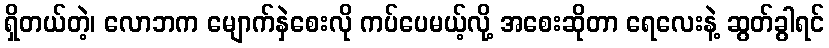
ရှိတယ်တဲ့၊ လောဘက မျောက်နှဲစေးလို ကပ်ပေမယ့်လို့ အစေးဆိုတာ ရေလေးနဲ့ ဆွတ်ခွါရင်